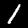
Label: 1